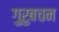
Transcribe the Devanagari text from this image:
गुरुबचन